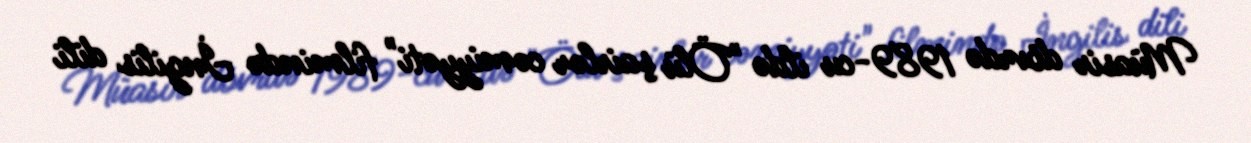
Müasir dövrdə 1989-cu ildə "Ölü şairlər cəmiyyəti" filmində İngilis dili